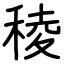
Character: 稜